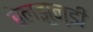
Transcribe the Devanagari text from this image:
बेलझुन्डी